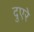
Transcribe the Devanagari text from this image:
दुएरे